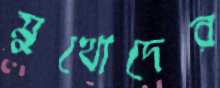
মুখোদের